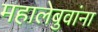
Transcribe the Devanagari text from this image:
महालेबुवांना